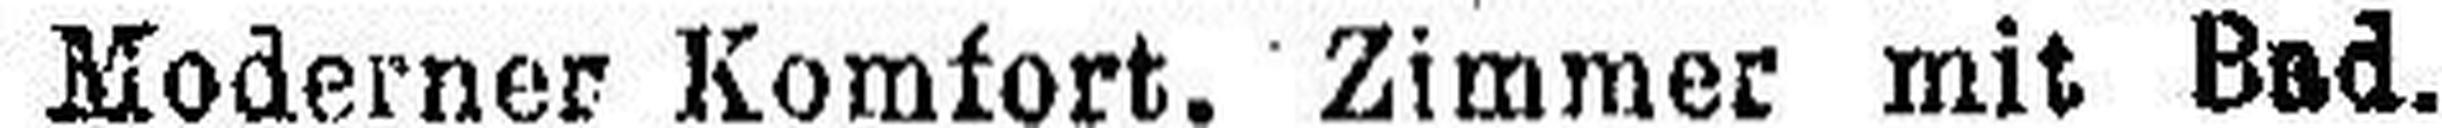
Moderner Komfort. Zimmer mit Bad.